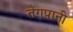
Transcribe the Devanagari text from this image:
तेंगपानी